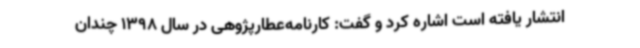
انتشار یافته است اشاره کرد و گفت: کارنامه‌عطارپژوهی در سال 1398 چندان